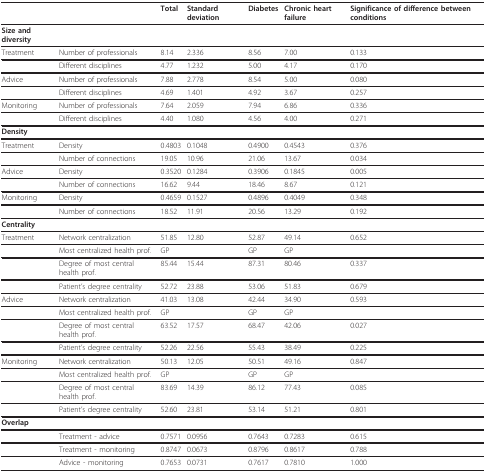
<table><thead><tr><td></td><td></td><td><b>Total</b></td><td><b>Standard deviation</b></td><td><b>Diabetes</b></td><td><b>Chronic heart failure</b></td><td><b>Significance of difference between conditions</b></td></tr></thead><tbody><tr><td><b>Size and diversity</b></td><td></td><td></td><td></td><td></td><td></td><td></td></tr><tr><td>Treatment</td><td>Number of professionals</td><td>8.14</td><td>2.336</td><td>8.56</td><td>7.00</td><td>0.133</td></tr><tr><td></td><td>Different disciplines</td><td>4.77</td><td>1.232</td><td>5.00</td><td>4.17</td><td>0.170</td></tr><tr><td>Advice</td><td>Number of professionals</td><td>7.88</td><td>2.778</td><td>8.54</td><td>5.00</td><td>0.080</td></tr><tr><td></td><td>Different disciplines</td><td>4.69</td><td>1.401</td><td>4.92</td><td>3.67</td><td>0.257</td></tr><tr><td>Monitoring</td><td>Number of professionals</td><td>7.64</td><td>2.059</td><td>7.94</td><td>6.86</td><td>0.336</td></tr><tr><td></td><td>Different disciplines</td><td>4.40</td><td>1.080</td><td>4.56</td><td>4.00</td><td>0.271</td></tr><tr><td><b>Density</b></td><td></td><td></td><td></td><td></td><td></td><td></td></tr><tr><td>Treatment</td><td>Density</td><td>0.4803</td><td>0.1048</td><td>0.4900</td><td>0.4543</td><td>0.376</td></tr><tr><td></td><td>Number of connections</td><td>19.05</td><td>10.96</td><td>21.06</td><td>13.67</td><td>0.034</td></tr><tr><td>Advice</td><td>Density</td><td>0.3520</td><td>0.1284</td><td>0.3906</td><td>0.1845</td><td>0.005</td></tr><tr><td></td><td>Number of connections</td><td>16.62</td><td>9.44</td><td>18.46</td><td>8.67</td><td>0.121</td></tr><tr><td>Monitoring</td><td>Density</td><td>0.4659</td><td>0.1527</td><td>0.4896</td><td>0.4049</td><td>0.348</td></tr><tr><td></td><td>Number of connections</td><td>18.52</td><td>11.91</td><td>20.56</td><td>13.29</td><td>0.192</td></tr><tr><td><b>Centrality</b></td><td></td><td></td><td></td><td></td><td></td><td></td></tr><tr><td>Treatment</td><td>Network centralization</td><td>51.85</td><td>12.80</td><td>52.87</td><td>49.14</td><td>0.652</td></tr><tr><td></td><td>Most centralized health prof.</td><td>GP</td><td></td><td>GP</td><td>GP</td><td></td></tr><tr><td></td><td>Degree of most central health prof.</td><td>85.44</td><td>15.44</td><td>87.31</td><td>80.46</td><td>0.337</td></tr><tr><td></td><td>Patient&#x27;s degree centrality</td><td>52.72</td><td>23.88</td><td>53.06</td><td>51.83</td><td>0.679</td></tr><tr><td>Advice</td><td>Network centralization</td><td>41.03</td><td>13.08</td><td>42.44</td><td>34.90</td><td>0.593</td></tr><tr><td></td><td>Most centralized health prof.</td><td>GP</td><td></td><td>GP</td><td>GP</td><td></td></tr><tr><td></td><td>Degree of most central health prof.</td><td>63.52</td><td>17.57</td><td>68.47</td><td>42.06</td><td>0.027</td></tr><tr><td></td><td>Patient&#x27;s degree centrality</td><td>52.26</td><td>22.56</td><td>55.43</td><td>38.49</td><td>0.225</td></tr><tr><td>Monitoring</td><td>Network centralization</td><td>50.13</td><td>12.05</td><td>50.51</td><td>49.16</td><td>0.847</td></tr><tr><td></td><td>Most centralized health prof.</td><td>GP</td><td></td><td>GP</td><td>GP</td><td></td></tr><tr><td></td><td>Degree of most central health prof.</td><td>83.69</td><td>14.39</td><td>86.12</td><td>77.43</td><td>0.085</td></tr><tr><td></td><td>Patient&#x27;s degree centrality</td><td>52.60</td><td>23.81</td><td>53.14</td><td>51.21</td><td>0.801</td></tr><tr><td><b>Overlap</b></td><td></td><td></td><td></td><td></td><td></td><td></td></tr><tr><td></td><td>Treatment - advice</td><td>0.7571</td><td>0.0956</td><td>0.7643</td><td>0.7283</td><td>0.615</td></tr><tr><td></td><td>Treatment - monitoring</td><td>0.8747</td><td>0.0673</td><td>0.8796</td><td>0.8617</td><td>0.788</td></tr><tr><td></td><td>Advice - monitoring</td><td>0.7653</td><td>0.0731</td><td>0.7617</td><td>0.7810</td><td>1.000</td></tr></tbody></table>